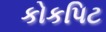
કોકપિટ